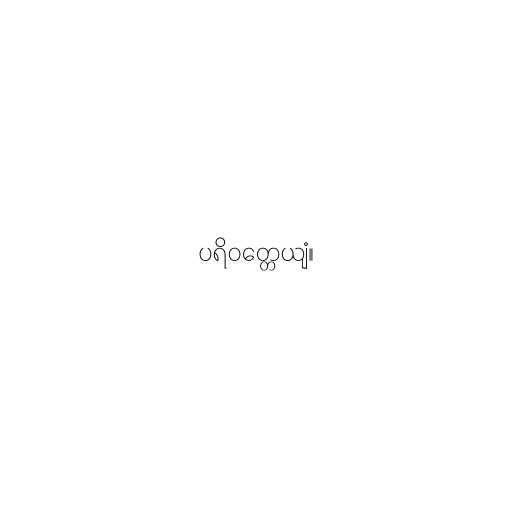
ပရိဝတ္တေယျံ။